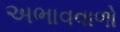
અભાવવાળો